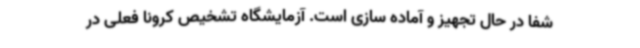
شفا در حال تجهیز و آماده سازی است. آزمایشگاه تشخیص کرونا فعلی در